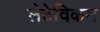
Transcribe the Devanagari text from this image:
लेटेविकस